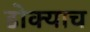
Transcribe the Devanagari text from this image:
डोक्याच